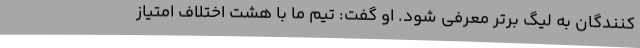
کنندگان به لیگ برتر معرفی شود. او گفت: تیم ما با هشت اختلاف امتیاز